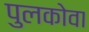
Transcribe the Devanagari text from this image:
पुलकोवा